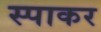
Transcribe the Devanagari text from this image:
स्पाकर